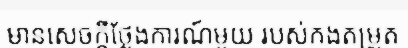
មានសេចក្តីថ្លែងការណ៍មួយ របស់កងតម្រួត